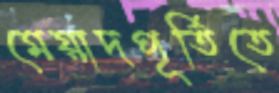
মেয়াদপূর্তিতে